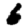
Digit: 6